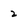
Character: 2